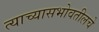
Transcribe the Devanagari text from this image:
त्याच्यासभोवतीलचे